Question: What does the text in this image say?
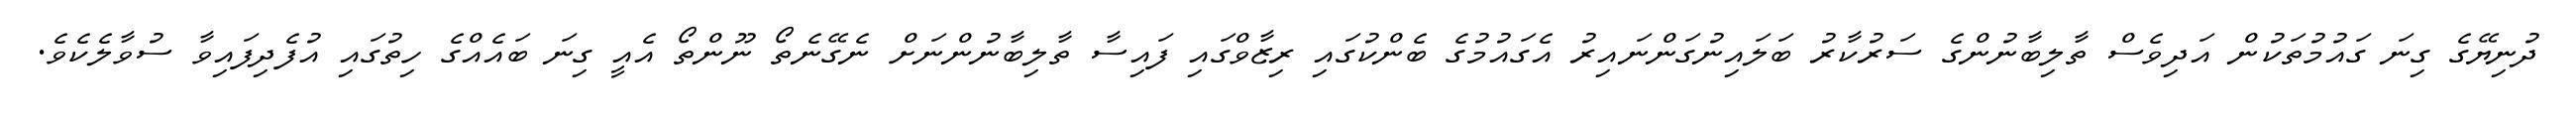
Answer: ދުނިޔޭގެ ގިނަ ގައުމުތަކުން އަދިވެސް ތާލިބާނުންގެ ސަރުކާރު ބަލައިނުގަންނައިރު އެގައުމުގެ ބެންކުގައި ރިޒާވްގައި ފައިސާ ތާލިބާނުންނަށް ނެގޭނެތޯ ނޫންތޯ އެއީ ގިނަ ބައެއްގެ ހިތުގައި އުފެދިފައިވާ ސުވާލެކެވެ.